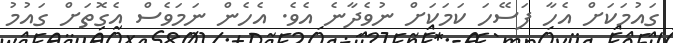
ގައުމަކަށް އެހާ ފަސޭހަ ކަމަކަށް ނުވެދާނެ އެވެ. އެހެން ނަމަވެސް އެގޮތަށް ގައުމު